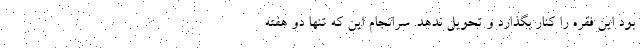
بود این فقره را کنار بگذارد و تحویل ندهد. سرانجام این که تنها دو هفته